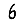
Digit: 6